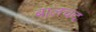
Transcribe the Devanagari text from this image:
बालचंद